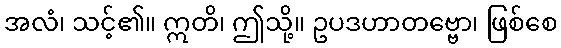
အလံ၊ သင့်၏။ ဣတိ၊ ဤသို့။ ဥပဒဟာတဗ္ဗော၊ ဖြစ်စေ